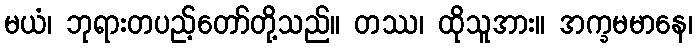
မယံ၊ ဘုရားတပည့်တော်တို့သည်။ တဿ၊ ထိုသူအား။ အက္ခမမာနေ၊